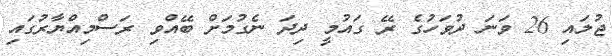
ޖުލައި 26 ވަނަ ދުވަހުގެ ރޭ ގައުމީ ދިދަ ނެގުމަށް ބޭއްވި ރަސްމިއްޔާރުގައި